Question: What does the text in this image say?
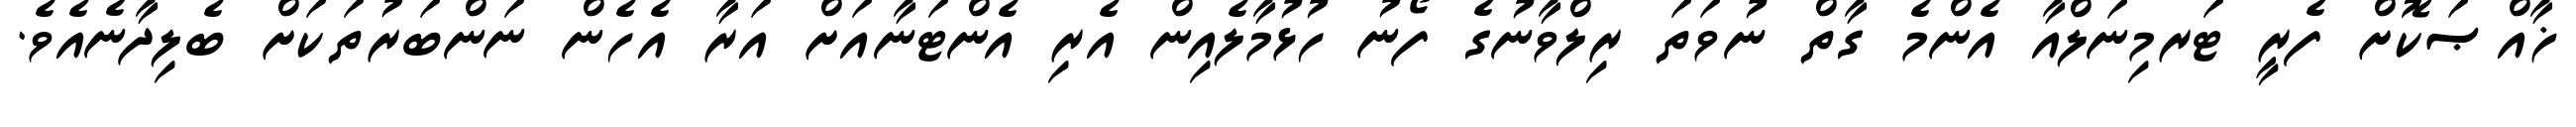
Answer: ޚާއްޞަކޮށް ފެރީ ޓަރމިނަލްއާ އެންމެ ގާތް ނުވަތަ ރިލްވާނުގެ ފޯނު ހުޅުމާލެއިން އެރި އެންޓަނާއަށް އަރާ އެހެން ނަންބަރުތަކަށް ބެލިދާނެއެވެ.